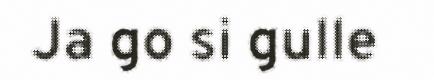
Ja go si gulle